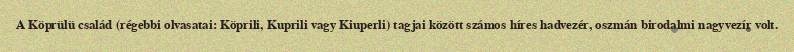
A Köprülü család (régebbi olvasatai: Köprili, Kuprili vagy Kiuperli) tagjai között számos híres hadvezér, oszmán birodalmi nagyvezír volt.